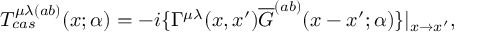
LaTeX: T _ { c a s } ^ { \mu \lambda ( a b ) } ( x ; \alpha ) = - i \{ \Gamma ^ { \mu \lambda } ( x , x ^ { \prime } ) \overline { { { G } } } ^ { ( a b ) } ( x - x ^ { \prime } ; \alpha ) \} | _ { x \rightarrow x ^ { \prime } } ,